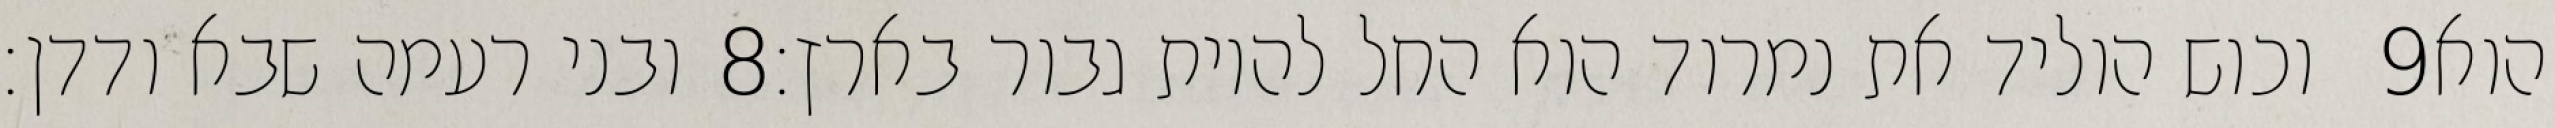
ובני רעמה שבא ודדן׃ ‎8‏ וכוש הוליד את נמרוד הוא החל להיות גבור בארץ׃ ‎9‏ הוא